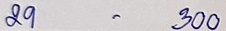
29 - 300